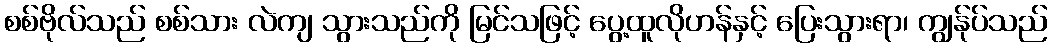
စစ်ဗိုလ်သည် စစ်သား လဲကျ သွားသည်ကို မြင်သဖြင့် ပွေ့ထူလိုဟန်နှင့် ပြေးသွားရာ၊ ကျွန်ုပ်သည်